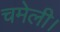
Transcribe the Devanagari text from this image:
चमेली।